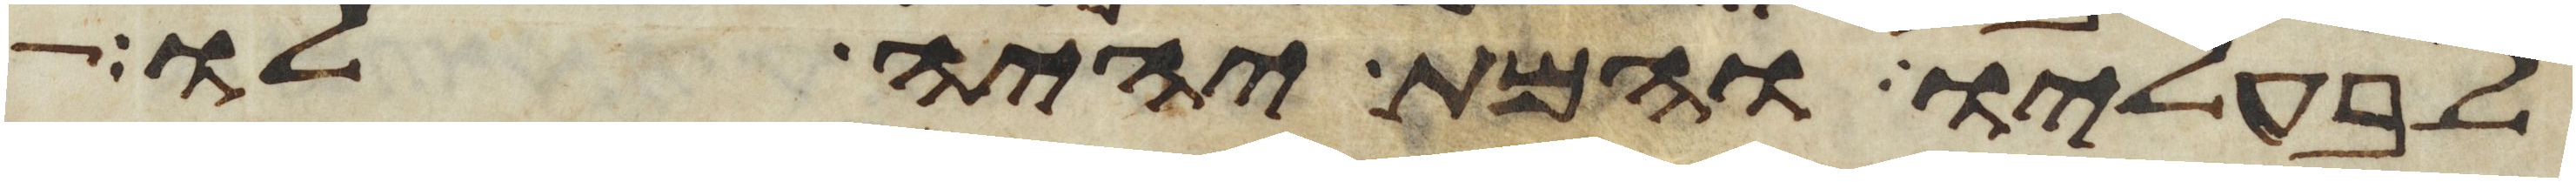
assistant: לבעליו והמת יהיה לו